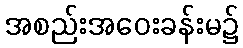
အစည်းအဝေးခန်းမ၌